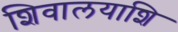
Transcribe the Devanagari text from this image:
शिवालयाशि